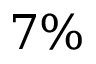
7 \%